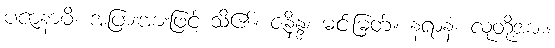
ပဇာနာမိ၊ အပြားအားဖြင့် သိ၏။ ဇနိန္ဒ၊ မင်းမြတ်။ နရာနံ၊ လူတို့အား။